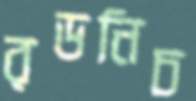
রডনিচ